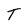
Character: T